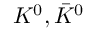
K ^ { 0 } , \bar { K } ^ { 0 }